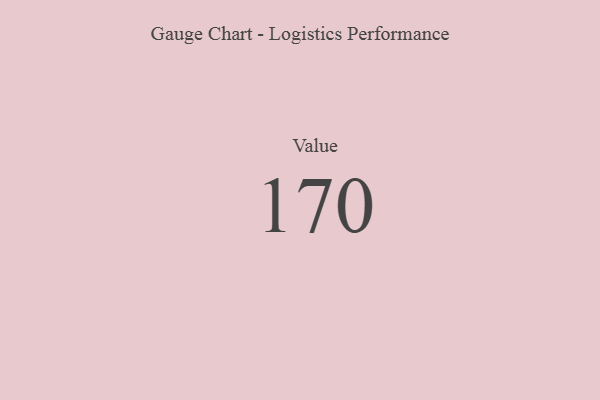
{"axis": {"x": "Metric", "y": "Value"}, "legend": [""], "data": [{"x": "Value", "y": 170, "type": ""}]}